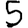
Digit: 5